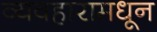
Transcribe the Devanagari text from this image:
व्यवहारामधून